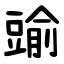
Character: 䜽